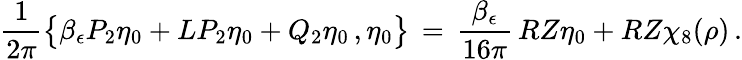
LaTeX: \frac{1}{2\pi}\bigl\{ \beta_{\epsilon}P_{2}\eta_{0}+LP_{2}\eta_{0}+Q_{2}\eta_{0}\, ,\eta_{0}\bigr\} \, =\, \frac{\beta_{\epsilon}}{16\pi}\, RZ\eta_{0}+RZ\chi_{8}(\rho)\, .